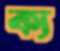
ক্য